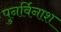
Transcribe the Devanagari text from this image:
पुनर्विनाश